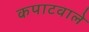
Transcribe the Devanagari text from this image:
कपाटवाले